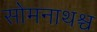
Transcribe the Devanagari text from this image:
सोमनाथश्च